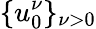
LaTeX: \{ u_{0}^{\nu}\} _{\nu>0}